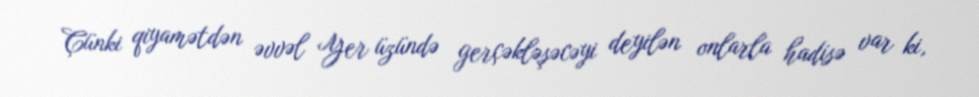
Çünki qiyamətdən əvvəl Yer üzündə gerçəkləşəcəyi deyilən onlarla hadisə var ki,